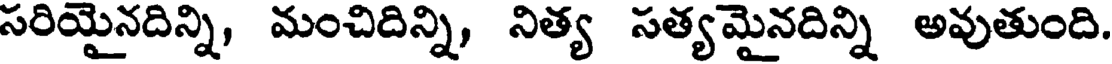
సరియైనదిన్ని, మంచిదిన్ని, నిత్య సత్యమైనదిన్ని అవుతుంది.